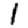
Digit: 1